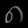
Digit: ၈